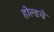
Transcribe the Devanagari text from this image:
होल्डचे